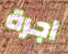
اجرة